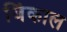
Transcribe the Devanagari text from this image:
जिंकाल